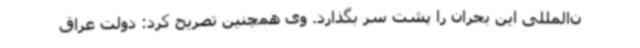
ن‌المللی این بحران را پشت سر بگذارد. وی همچنین تصریح کرد: دولت عراق